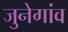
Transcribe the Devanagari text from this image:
जुनेगांव